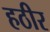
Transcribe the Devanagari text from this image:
हठीर